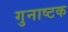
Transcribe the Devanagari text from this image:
गुनाष्टक